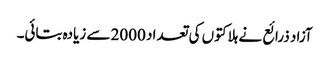
آزاد ذرائع نے ہلاکتوں کی تعداد 2000 سے زیادہ بتائی۔